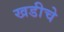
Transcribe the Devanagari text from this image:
खडीचे